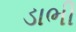
ડાભી